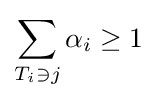
\sum _{T_{i}\ni j}\alpha _{i}\geq 1